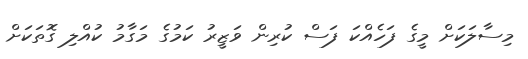
މިސާލަކަށް މީގެ ފަހެއްކަ ފަސް ކުރިން ވަޒީރު ކަމުގެ މަގާމު ކުއްލި ގޮތަކަށް